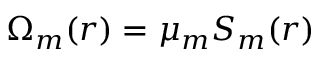
\Omega _ { m } ( \boldsymbol { r } ) = \mu _ { m } S _ { m } ( \boldsymbol { r } )